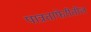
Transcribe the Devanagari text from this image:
पात्रताफेरीतील